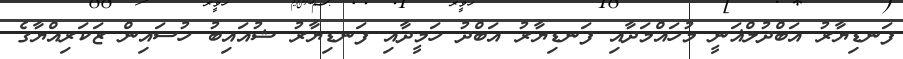
ފަނޑިޔާރު އަބްދުލްޣަނީ މުހައްމަދާއި ފަނޑިޔާރު އަބްދު ހަމީދާއި ފަނޑިޔާރު ޝުއައިބު ހުސައިން ޒަކަރިއްޔާގެ